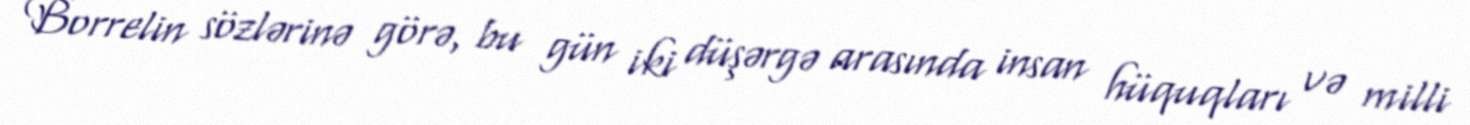
Borrelin sözlərinə görə, bu gün iki düşərgə arasında insan hüquqları və milli